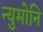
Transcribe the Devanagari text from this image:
न्युमोनि